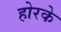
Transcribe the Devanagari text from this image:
होरके